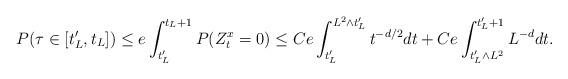
LaTeX: \begin{align*}P(\tau\in[t'_L,t_L]) \le e\int_{t'_L}^{t_L+1}P(Z^x_t=0)\le Ce\int_{t'_L}^{L^2\wedge t'_L}t^{-d/2}dt + Ce\int_{t'_L\wedge L^2}^{t'_L+1}L^{-d}dt.\end{align*}